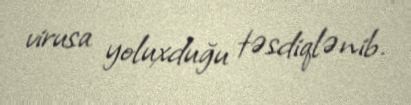
virusa yoluxduğu təsdiqlənib.